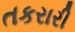
તકરારી